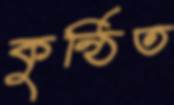
কুন্ঠিত